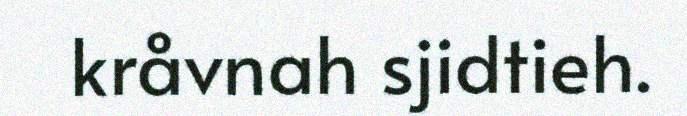
kråvnah sjidtieh.